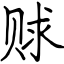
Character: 赇